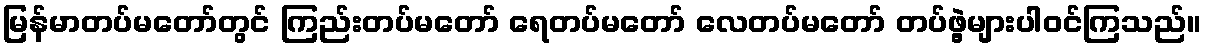
မြန်မာတပ်မတော်တွင် ကြည်းတပ်မတော် ရေတပ်မတော် လေတပ်မတော် တပ်ဖွဲ့များပါဝင်ကြသည်။